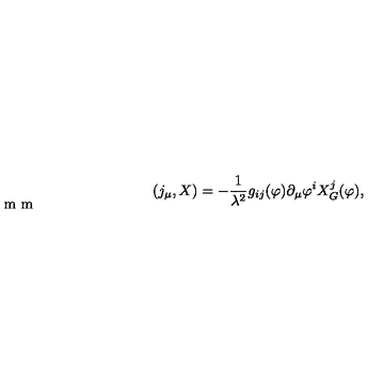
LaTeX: ( j _ { \mu } , X ) = - { \frac { 1 } { \lambda ^ { 2 } } } g _ { i j } ( \varphi ) \partial _ { \mu } \varphi ^ { i } X _ { G } ^ { j } ( \varphi ) , \vspace { - 2 m m }